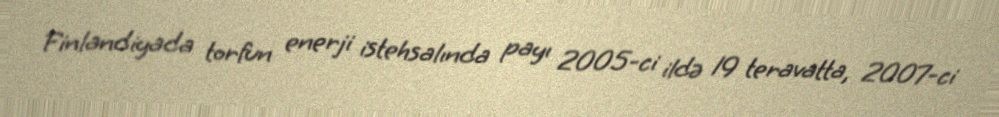
Finlandiyada torfun enerji istehsalında payı 2005-ci ildə 19 teravatta, 2007-ci